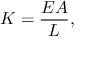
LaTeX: K = { \frac { E A } { L } } ,